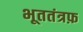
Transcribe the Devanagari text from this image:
भूततंत्रफ़